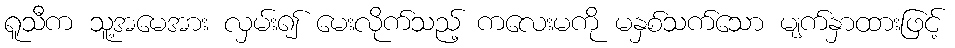
ရူသီက သူ့အမေအား လှမ်း၍ မေးလိုက်သည့် ကလေးမကို မနှစ်သက်သော မျက်နှာထားဖြင့်